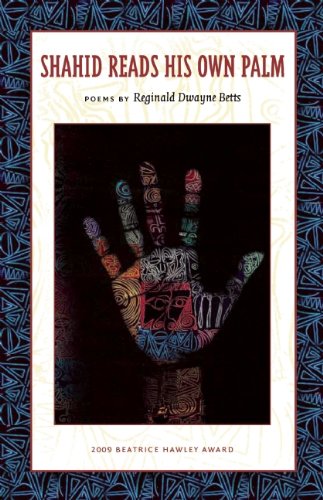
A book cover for Shahid Reads His Own Palm; Reginald Dwayne Betts; Literature & Fiction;